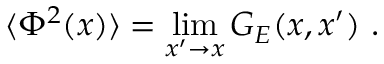
\langle \Phi ^ { 2 } ( x ) \rangle = \operatorname * { l i m } _ { x ^ { \prime } \to x } G _ { E } ( x , x ^ { \prime } ) \ .